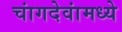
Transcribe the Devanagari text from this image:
चांगदेवांमध्ये